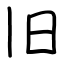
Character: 旧